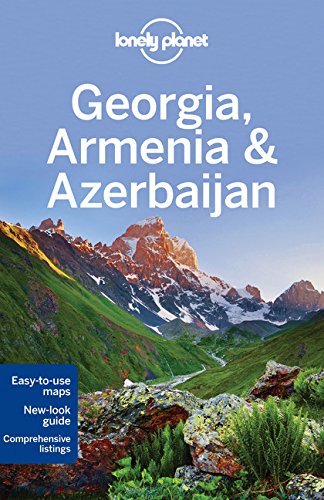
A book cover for Lonely Planet Georgia, Armenia & Azerbaijan (Travel Guide); Lonely Planet; Travel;